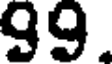
99.